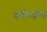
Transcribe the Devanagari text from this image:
बगीच्याच्या